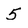
Character: 5